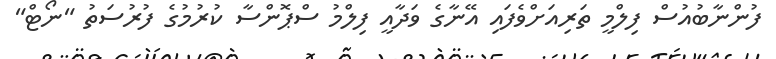
ފުންނާބުއުސް ފިލްމީ ތަރިއަށްވެފައި އޭނާގެ ވަދާއީ ފިލްމު ސްޕޮންސާ ކުރުމުގެ ފުރުސަތު "ނޯޓް"